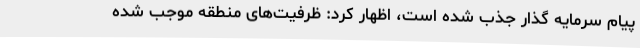
پیام سرمایه گذار جذب شده است، اظهار کرد: ظرفیت‌های منطقه موجب شده